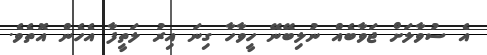
އެ ސުވާލަށް ޖަވާބެއް ނުލިބޭނޭ ހީވާހާ ގިނަ އިރު ލަތީފާ އެހެން އޮތެވެ.